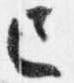
亡